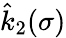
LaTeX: \hat{k}_{2}(\sigma)